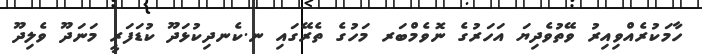
ހާމަކުރެއްވިއިރު ވޭތުވެދިޔަ އަހަރުގެ ނޮވެމްބަރ މަހުގެ ތެރޭގައި ނ.ކެނދިކުޅަދޫ ކުޑަފަރީ މަނަދޫ ވެލިދޫ